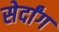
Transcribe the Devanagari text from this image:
सेर्दांग